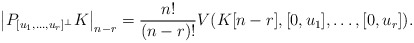
\begin{align*}\left|P_{[u_1,\dots,u_r]^\bot}K\right|_{n-r}=\frac{n!}{(n-r)!}V(K[n-r],[0,u_1],\dots, [0,u_r]).\end{align*}